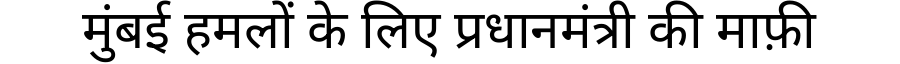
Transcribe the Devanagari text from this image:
मुंबई हमलों के लिए प्रधानमंत्री की माफ़ी